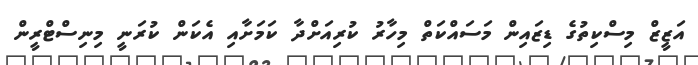
އަޒީޒް މިސްކިތުގެ ޑިޒައިން މަސައްކަތް މިހާރު ކުރިއަށްދާ ކަމަށާއި އެކަން ކުރަނީ މިނިސްޓްރީން